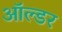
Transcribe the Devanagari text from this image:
ऑल्‍डर